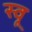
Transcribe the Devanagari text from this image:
स्वू